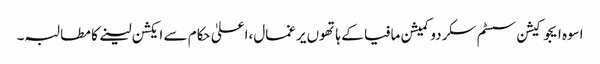
اسوہ ایجوکیشن سسٹم سکردو کمیشن مافیا کے ہاتھوں یرغمال،اعلیٰ حکام سے ایکشن لینے کا مطالبہ۔